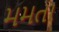
મમતા